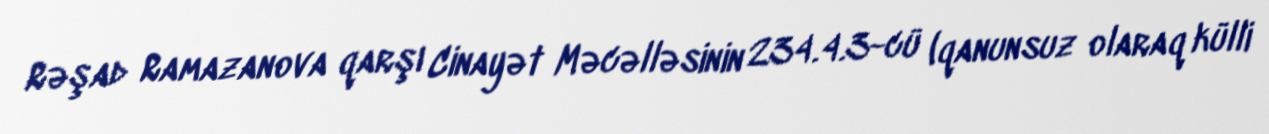
Rəşad Ramazanova qarşı Cinayət Məcəlləsinin 234.4.3-cü (qanunsuz olaraq külli